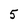
Character: 5